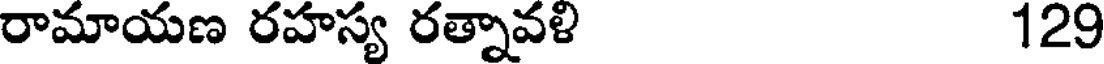
రామాయణ రహస్య రత్నావళి 129